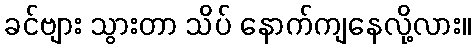
ခင်ဗျား သွားတာ သိပ် နောက်ကျနေလို့လား။